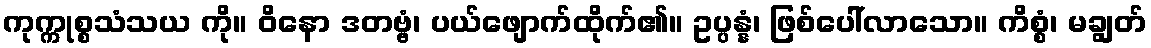
ကုက္ကုစ္စသံသယ ကို။ ဝိနော ဒတဗ္ဗံ၊ ပယ်ဖျောက်ထိုက်၏။ ဥပ္ပန္နံ၊ ဖြစ်ပေါ်လာသော။ ကိစ္စံ၊ မချွတ်